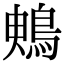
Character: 𪀙